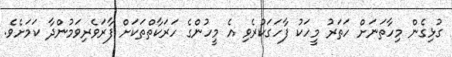
ގުޅިގެން މިހާތަނަށް ހަތަރު މީހަކު ފާހަގަކުރެވި އެ މީހުންގެ ހަރަކާތްތަކަށް ފާރަވެރިވަމުންދާ ކަމަށެވެ.